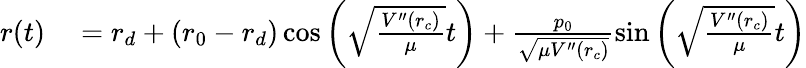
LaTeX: \begin{array}{rl}{r(t)}&{{}=r_{d}+(r_{0}-r_{d})\cos\left(\sqrt{\frac{V^{\prime\prime}(r_{c})}{\mu}}t\right)+\frac{p_{0}}{\sqrt{\mu V^{\prime\prime}(r_{c})}}\sin\left(\sqrt{\frac{V^{\prime\prime}(r_{c})}{\mu}}t\right)}\end{array}